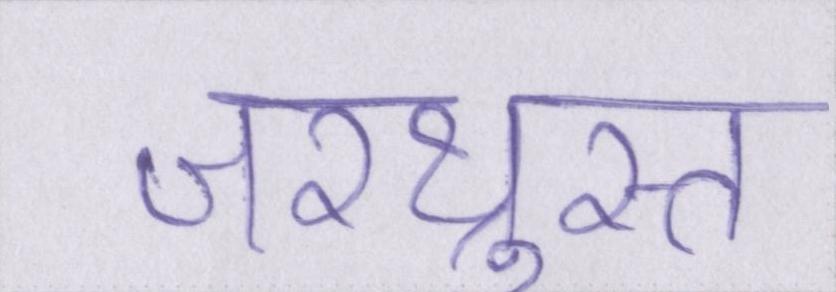
ज़रथ्रुस्त